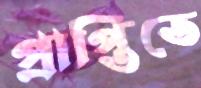
প্রাপ্তিতে